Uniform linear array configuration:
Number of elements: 48
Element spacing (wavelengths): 0.5
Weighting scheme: exponential
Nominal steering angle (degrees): -30
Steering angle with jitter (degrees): -31.126
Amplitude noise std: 0.05
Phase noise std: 0.05

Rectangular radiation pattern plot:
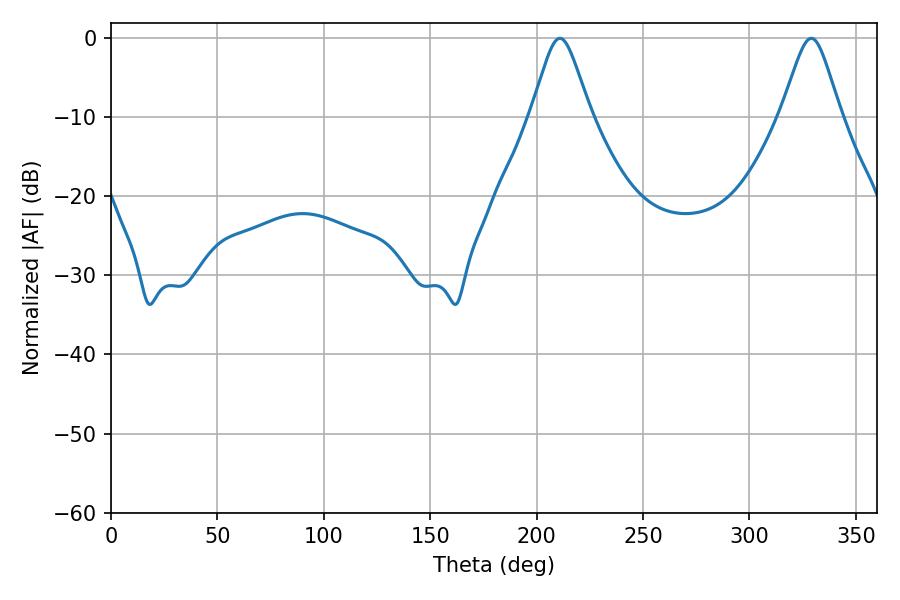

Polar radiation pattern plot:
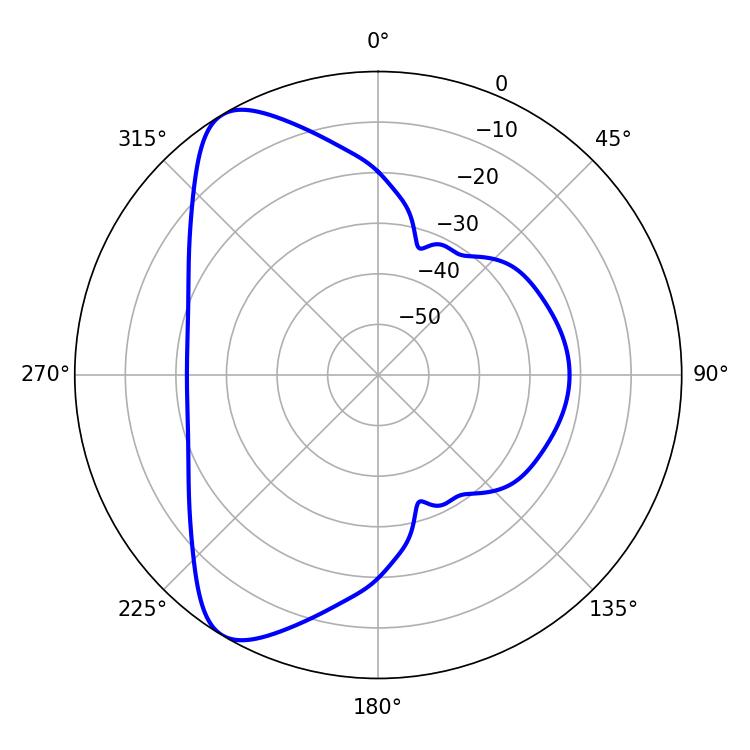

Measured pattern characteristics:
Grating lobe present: FALSE
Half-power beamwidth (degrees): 13.5
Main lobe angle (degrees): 210.96